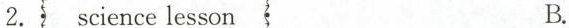
2.science lesson B.